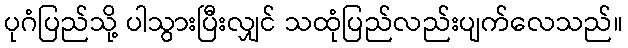
ပုဂံပြည်သို့ ပါသွားပြီးလျှင် သထုံပြည်လည်းပျက်လေသည်။